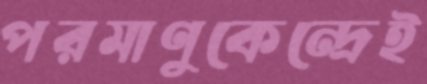
পরমাণুকেন্দ্রেই